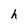
Character: h